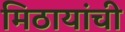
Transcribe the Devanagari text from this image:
मिठायांची